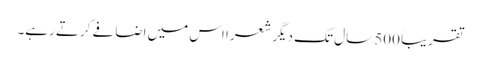
تقریباً 500 سال تک دیگر شعرا اس میں اضافے کرتے رہے۔